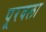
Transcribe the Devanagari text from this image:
पूरवला